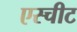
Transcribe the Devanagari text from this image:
एस्चीट